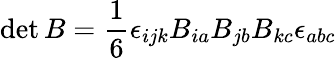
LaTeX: \operatorname*{det}B=\frac{1}{6}\epsilon_{ijk}B_{ia}B_{jb}B_{kc}\epsilon_{abc}